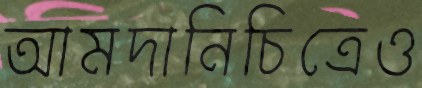
আমদানিচিত্রেও